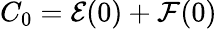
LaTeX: C_{0}=\mathcal{E}(0)+\mathcal{F}(0)